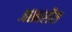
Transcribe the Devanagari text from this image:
अखारीस